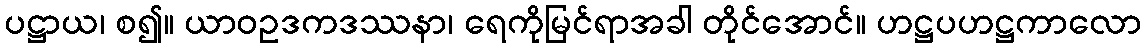
ပဋ္ဌာယ၊ စ၍။ ယာဝဥဒကဒဿနာ၊ ရေကိုမြင်ရာအခါ တိုင်အောင်။ ဟဋ္ဌပဟဋ္ဌကာလော